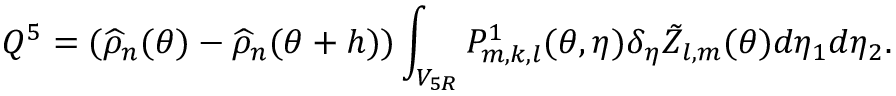
Q ^ { 5 } = ( \widehat { \rho } _ { n } ( { \boldsymbol { \theta } } ) - \widehat { \rho } _ { n } ( { \boldsymbol { \theta } } + { \boldsymbol { h } } ) ) \int _ { V _ { 5 R } } P _ { m , k , l } ^ { 1 } ( { \boldsymbol { \theta } } , { \boldsymbol { \eta } } ) \delta _ { { \boldsymbol { \eta } } } \tilde { Z } _ { l , m } ( { \boldsymbol { \theta } } ) d \eta _ { 1 } d \eta _ { 2 } .